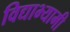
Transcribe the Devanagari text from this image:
विद्याभ्यामी